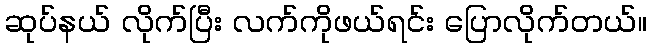
ဆုပ်နယ် လိုက်ပြီး လက်ကိုဖယ်ရင်း ပြောလိုက်တယ်။